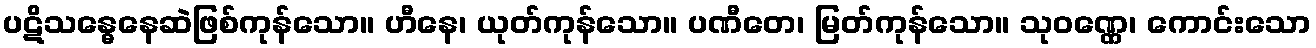
ပဋိသန္ဓေနေဆဲဖြစ်ကုန်သော။ ဟီနေ၊ ယုတ်ကုန်သော။ ပဏီတေ၊ မြတ်ကုန်သော။ သုဝဏ္ဏေ၊ ကောင်းသော